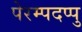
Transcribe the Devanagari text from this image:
पेरम्पदप्पु